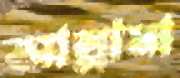
আল্লামা